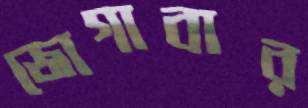
জোগাবার